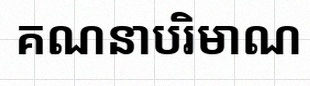
គណនាបរិមាណ